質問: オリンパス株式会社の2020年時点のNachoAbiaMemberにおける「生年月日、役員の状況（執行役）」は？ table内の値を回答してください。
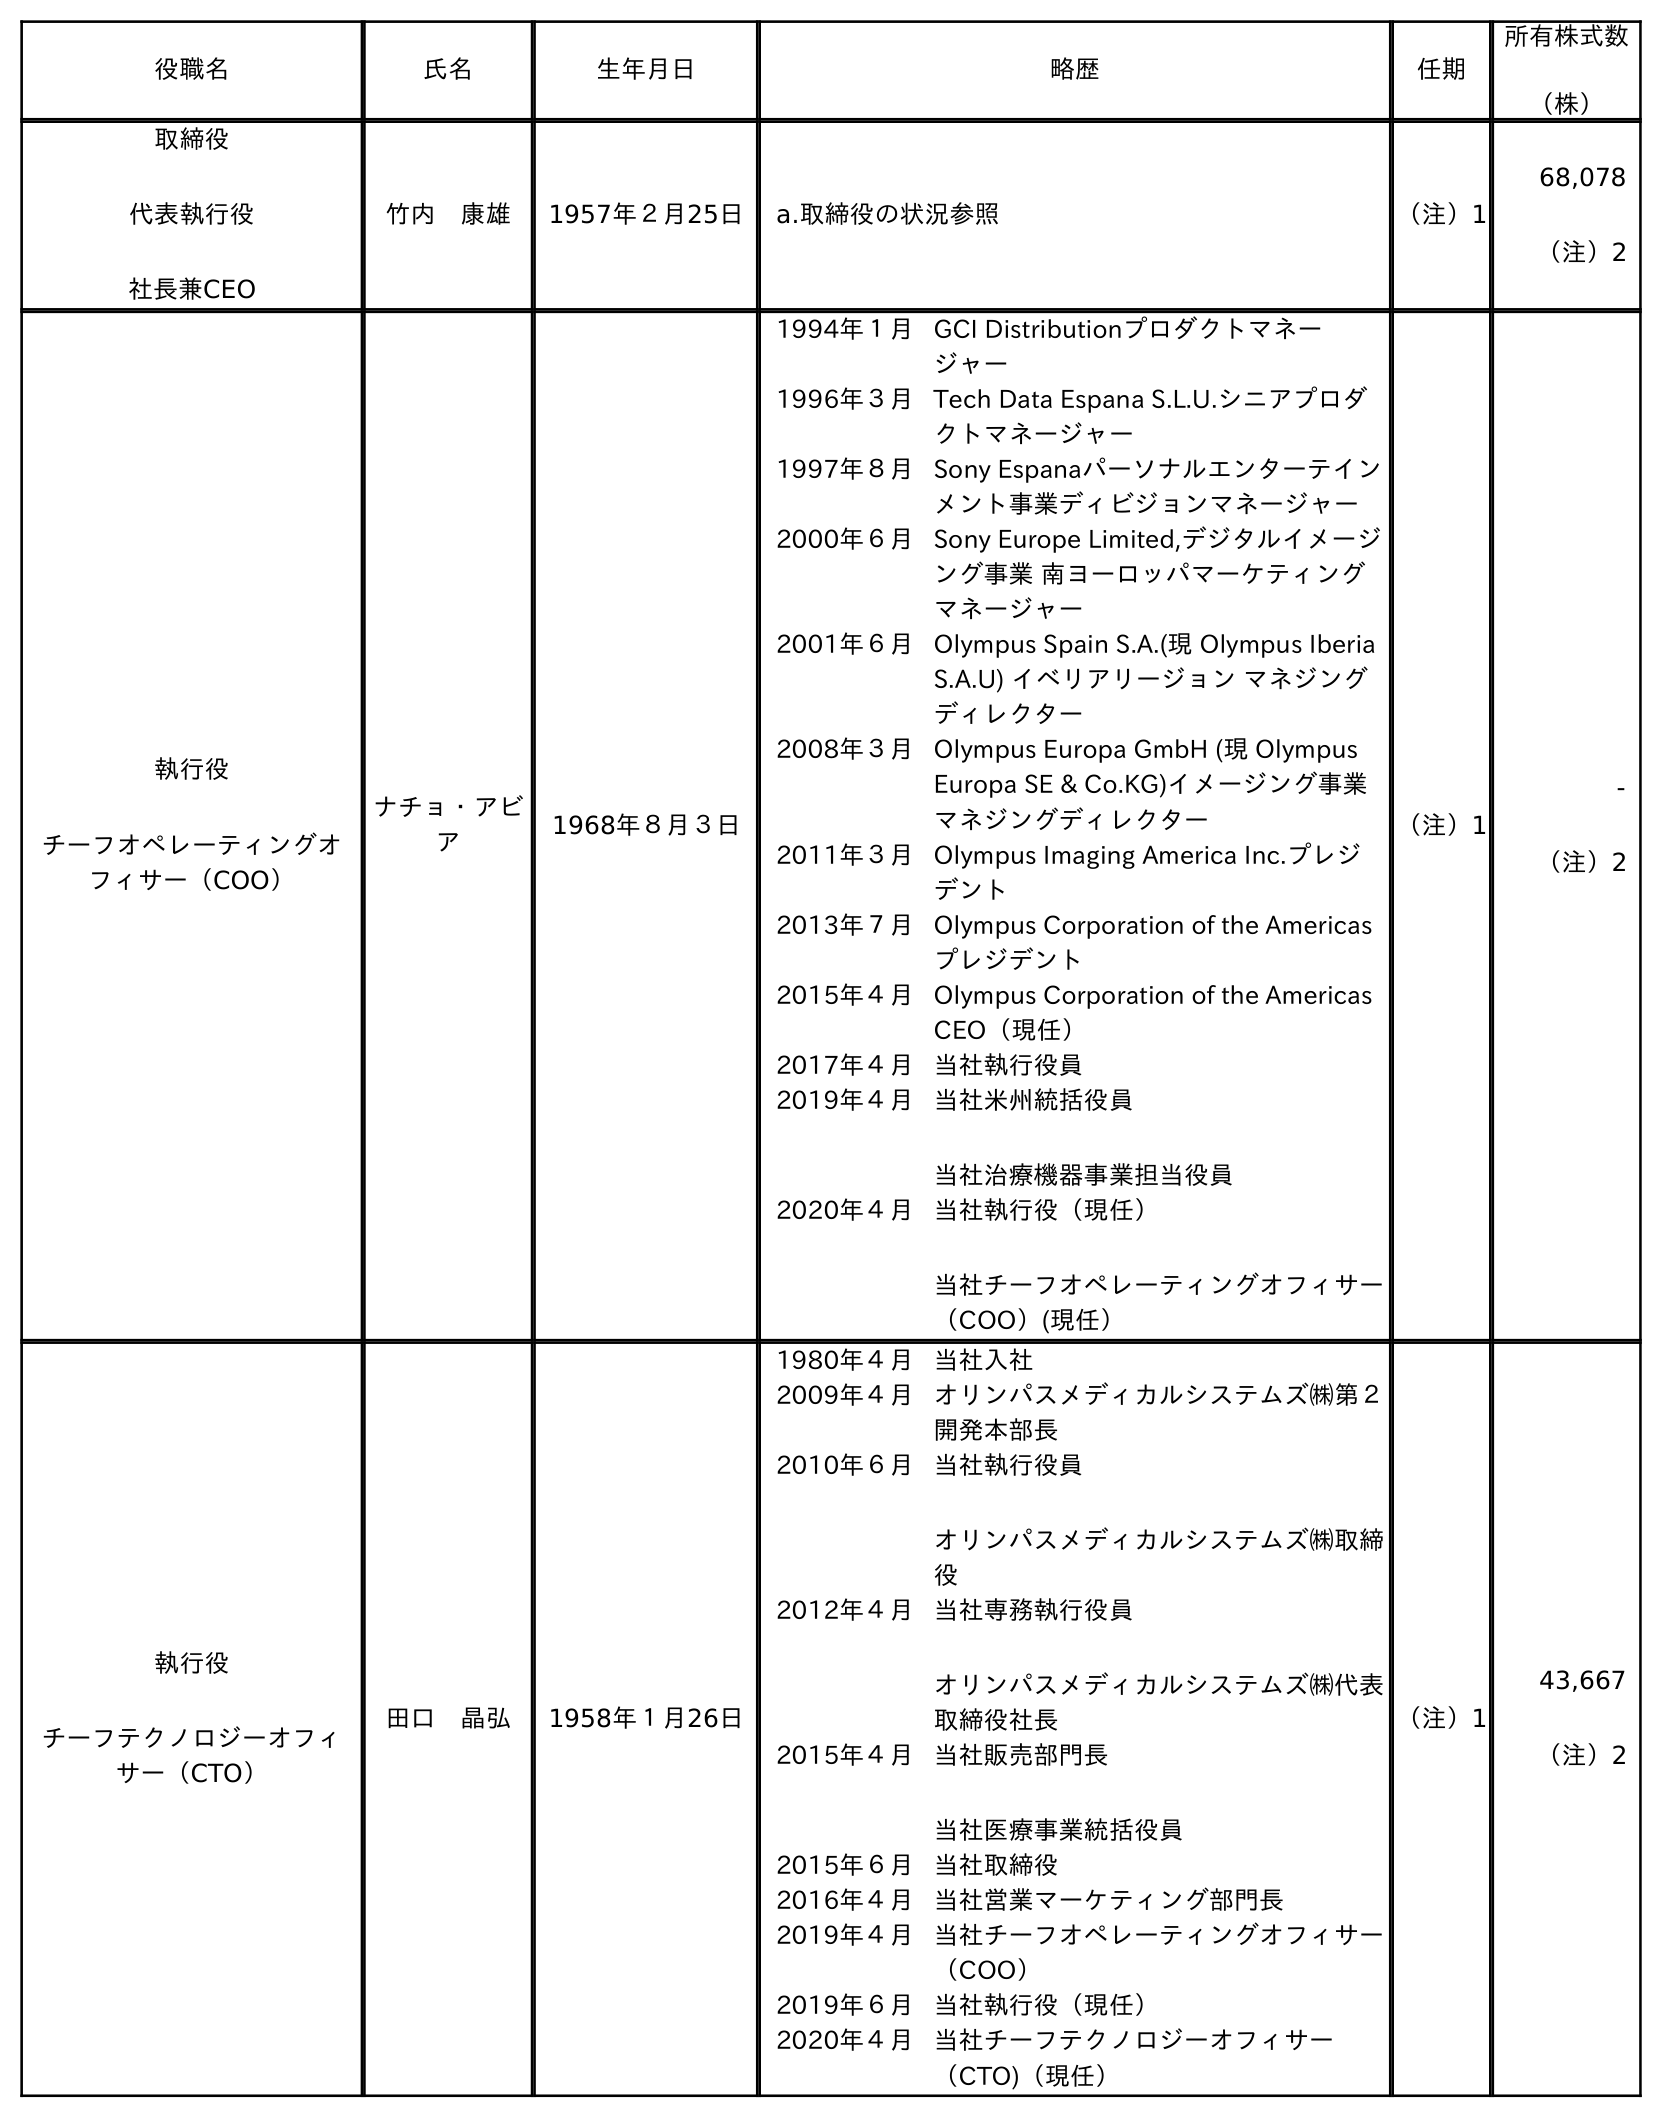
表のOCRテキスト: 役職名 氏名 生年月日 略歴 任期 所有株式数 （株） 取締役 代表執行役 社長兼CEO 竹内 康雄 1957年２月25日 a.取締役の状況参照 （注）1 68,078 （注）2 執行役 チーフオペレーティングオ フィサー（COO） ナチョ・アビ ア 1968年８月３日 1994年１月GCI Distributionプロダクトマネー ジャー 1996年３月Tech Data Espana S.L.U.シニアプロダ クトマネージャー 1997年８月Sony Espanaパーソナルエンターテイン メント事業ディビジョンマネージャー 2000年６月Sony Europe Limited,デジタルイメージ ング事業 南ヨーロッパマーケティング マネージャー 2001年６月Olympus Spain S.A.(現 Olympus Iberia S.A.U) イベリアリージョン マネジング ディレクター 2008年３月Olympus Europa GmbH (現 Olympus Europa SE & Co.KG)イメージング事業 マネジングディレクター 2011年３月Olympus Imaging America Inc.プレジ デント 2013年７月Olympus Corporation of the Americas プレジデント 2015年４月Olympus Corporation of the Americas CEO（現任） 2017年４月当社執行役員 2019年４月当社米州統括役員 当社治療機器事業担当役員 2020年４月当社執行役（現任） 当社チーフオペレーティングオフィサー （COO）(現任） （注）1 - （注）2 執行役 チーフテクノロジーオフィ サー（CTO） 田口 晶弘 1958年１月26日 1980年４月当社入社 2009年４月オリンパスメディカルシステムズ㈱第２ 開発本部長 2010年６月当社執行役員 オリンパスメディカルシステムズ㈱取締 役 2012年４月当社専務執行役員 オリンパスメディカルシステムズ㈱代表 取締役社長 2015年４月当社販売部門長 当社医療事業統括役員 2015年６月当社取締役 2016年４月当社営業マーケティング部門長 2019年４月当社チーフオペレーティングオフィサー （COO） 2019年６月当社執行役（現任） 2020年４月当社チーフテクノロジーオフィサー （CTO)（現任） （注）1 43,667 （注）2
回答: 1968年８月３日